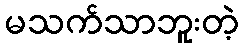
မသက်သာဘူးတဲ့